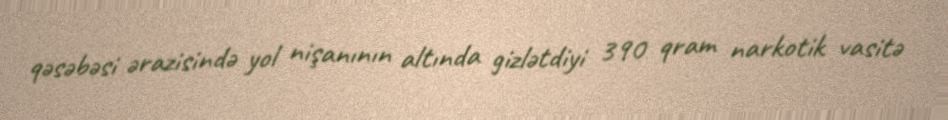
qəsəbəsi ərazisində yol nişanının altında gizlətdiyi 390 qram narkotik vasitə